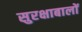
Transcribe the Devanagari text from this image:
सुरक्षाबालों